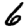
Digit: 6